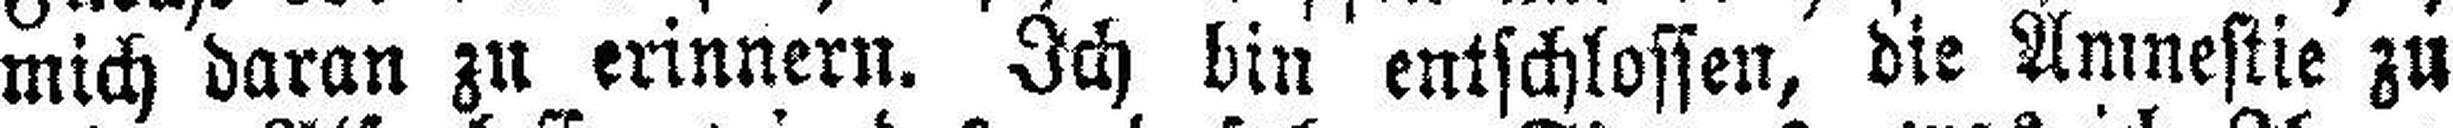
mich daran zu erinnern. Ich bin entschlossen, die Amnestie zu